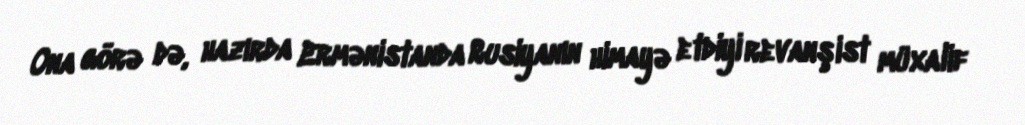
Ona görə də, hazırda Ermənistanda Rusiyanın himayə etdiyi revanşist müxalif